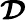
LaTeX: \boldsymbol{{\mathcal{D}}}